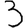
Digit: 3